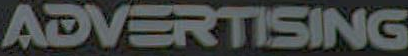
ADVERTISING